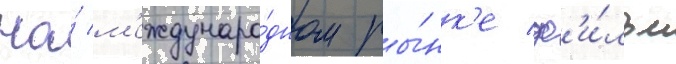
На́ м'еждунаро́дном ры́нк'е ф'и́льм